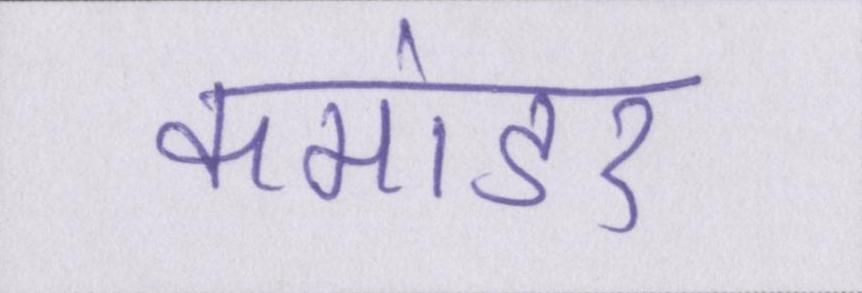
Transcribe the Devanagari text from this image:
कमांडर